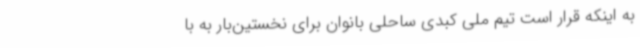
به اینکه قرار است تیم ملی کبدی ساحلی بانوان برای نخستین‌بار به با